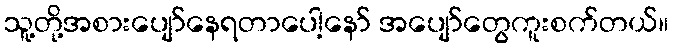
သူ့တို့အစားပျော်နေရတာပေါ့နော် အပျော်တွေကူးစက်တယ်။